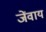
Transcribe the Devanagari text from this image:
जेंवाय